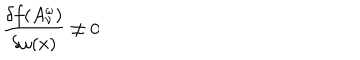
LaTeX: \frac { \delta f ( A _ { \nu } ^ { \omega } ) } { \delta \omega ( x ) } \neq 0